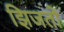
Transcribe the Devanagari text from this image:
झिजतो